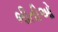
ભીતીઓ